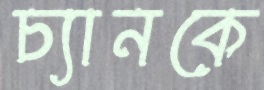
চ্যানকে